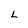
Character: L